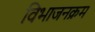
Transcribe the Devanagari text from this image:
विभाजनक्रम